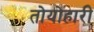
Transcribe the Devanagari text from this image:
तोयोहारी